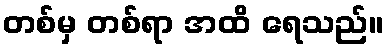
တစ်မှ တစ်ရာ အထိ ရေသည်။